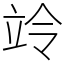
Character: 竛